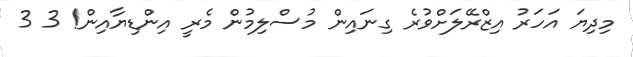
މިދިޔަ އަހަރު އިޒްރޭލަށްވުރެ ގިނައިން މުސްލިމުން މެރީ އިންޑިޔާއިން! 3 3